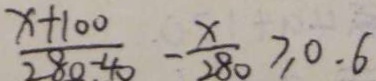
\frac { x + 1 0 0 } { 2 8 0 - 4 0 } - \frac { x } { 2 8 0 } \geqslant 0 . 6